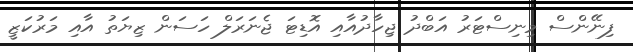
ފިނޭންސް މިނިސްޓަރު އަބްދު ޖިހާދުއާއި އޮޑިޓަ ޖެނަރަލް ހަސަން ޒިޔަތު އާއި މަރުކަޒީ